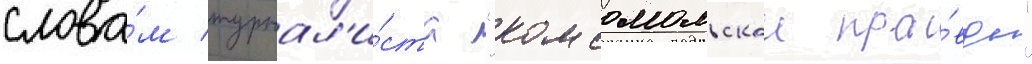
слова́м журнал'и́ста "комсомольскои пра́вды"